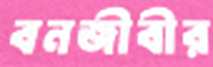
বনজীবীর